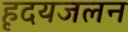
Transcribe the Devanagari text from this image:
हृदयजलन